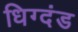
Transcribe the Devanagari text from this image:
धिग्दंड